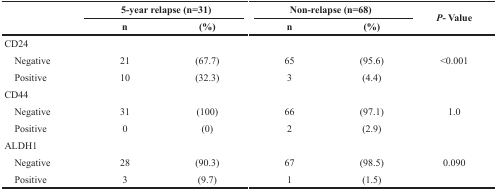
<table><thead><tr><td rowspan="2"></td><td colspan="2"><b>5-year relapse (n=31)</b></td><td colspan="2"><b>Non-relapse (n=68)</b></td><td rowspan="2"><b><i>P</i>- Value</b></td></tr><tr><td><b>n</b></td><td><b>(%)</b></td><td><b>n</b></td><td><b>(%)</b></td></tr></thead><tbody><tr><td>CD24</td><td></td><td></td><td></td><td></td><td></td></tr><tr><td> Negative</td><td>21</td><td>(67.7)</td><td>65</td><td>(95.6)</td><td>&lt;0.001</td></tr><tr><td> Positive</td><td>10</td><td>(32.3)</td><td>3</td><td>(4.4)</td><td></td></tr><tr><td>CD44</td><td></td><td></td><td></td><td></td><td></td></tr><tr><td> Negative</td><td>31</td><td>(100)</td><td>66</td><td>(97.1)</td><td>1.0</td></tr><tr><td> Positive</td><td>0</td><td>(0)</td><td>2</td><td>(2.9)</td><td></td></tr><tr><td>ALDH1</td><td></td><td></td><td></td><td></td><td></td></tr><tr><td> Negative</td><td>28</td><td>(90.3)</td><td>67</td><td>(98.5)</td><td>0.090</td></tr><tr><td> Positive</td><td>3</td><td>(9.7)</td><td>1</td><td>(1.5)</td><td></td></tr></tbody></table>